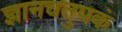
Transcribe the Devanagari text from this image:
ज्ञानचतुपकं